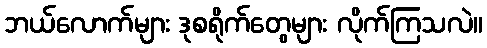
ဘယ်လောက်များ ဒုစရိုက်တွေများ လိုက်ကြသလဲ။